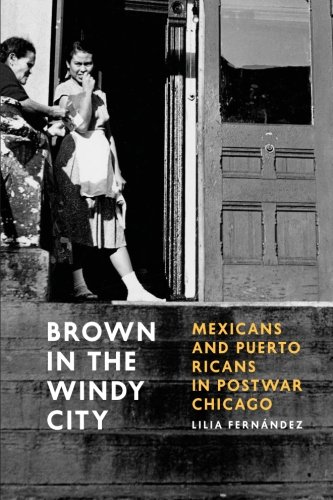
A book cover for Brown in the Windy City: Mexicans and Puerto Ricans in Postwar Chicago (Historical Studies of Urban America); Lilia FernÃ¡ndez; History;